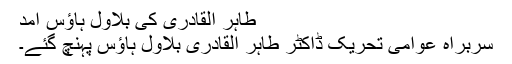
طاہر القادری کی بلاول ہاؤس آمد
سربراہ عوامی تحریک ڈاکٹر طاہر القادری بلاول ہاؤس پہنچ گئے۔